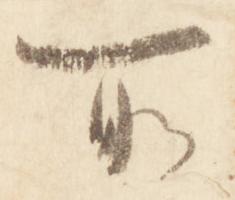
所